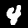
Digit: 4